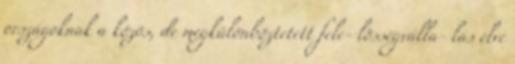
országoknak a közös, de megkülönböztetett fele- lõsségválla- lás elve